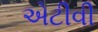
એટીવી